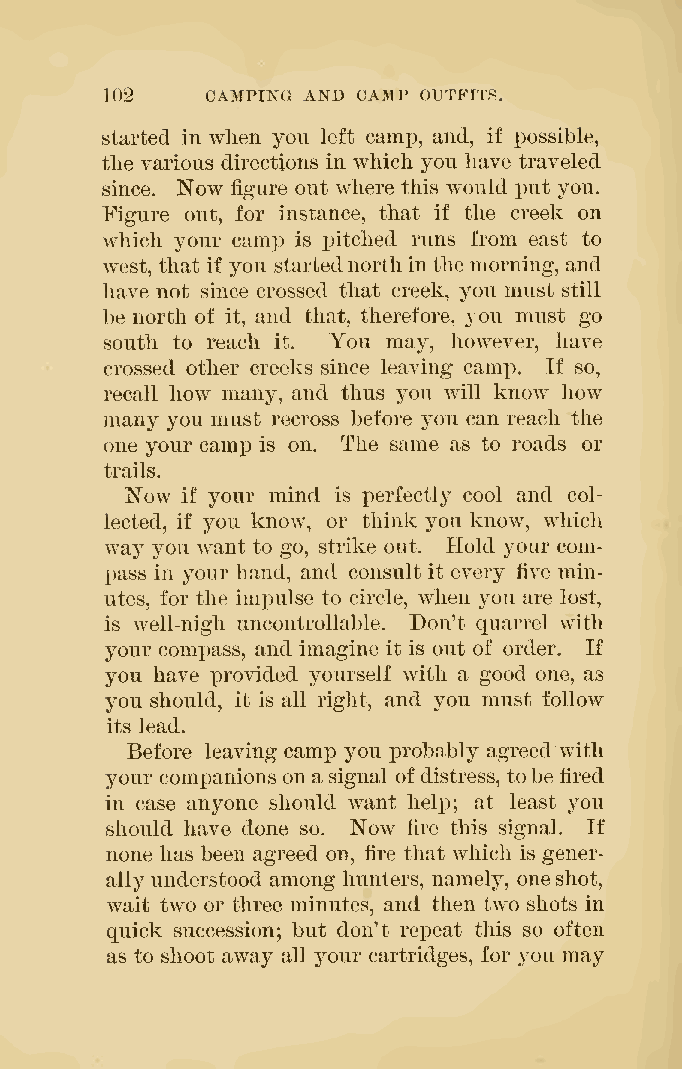
102    CAMPING AND CAMP OUTFITS.
 started in when you left camj), and, if i^ossible,
 tlie various directions in which you have traveled
 since. Now figure out where this would put you.
 Figure out, for instance, that if the creek on
 which your camp is pitched runs from east to
 west, that if you startednorthin the morning, and
 have not since crossed that creek, you must still
 be north of it, and that, therefore, 3 ou must go
 south to reach it. You may, however, have
 crossed other creeks since leaving camp. If so,
 recall how many, and thus you will know how
 many you must recross before you can reach the
 one your camp is on. The same as to roads or
 trails.
 Now if your mind is perfectly cool and col-
 lected, if you know, or think you know, which
 way you want to go, strike out. Hold your com-
 pass in your hand, and consult it every i\ve min-
 utes, for the impulse to circle, when you are lost,
 is well-nigh uncontrollable. Don't quarrel with
 your compass, and imagine it is out of order. If
 you have provided yourself with a good one, as
 you should, it is all right, and you must follow
 its lead.
 Before leaving camp you probably agreed with
 your companions on a signal ofdistress, tobe fired
 in case anyone should want heli3; at least you
 should have done so. Now fire this signal. If
 none has been agreed on, fire that whicli is gener-
 allyunderstood among hunters, namely, oneshot,
 wait two or three minutes, and then two shots in
 quick succession; but don't repeat this so often
 as to shoot away all your cartridges, for you may